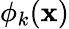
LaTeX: \phi_{k}({\mathbf x})